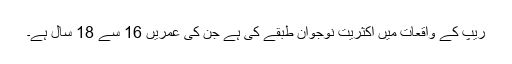
ریپ کے واقعات میں اکثریت نوجوان طبقے کی ہے جن کی عمریں 16 سے 18 سال ہے۔